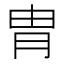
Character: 胄